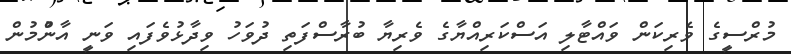
މުރްސީގެ ވެރިކަން ވައްޓާލި އަސްކަރިއްޔާގެ ވެރިޔާ ބުރާސްފަތި ދުވަހު ވިދާޅުވެފައި ވަނީ އާންުުމުން